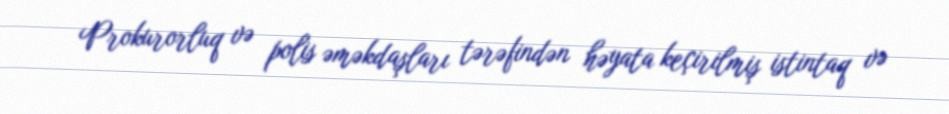
Prokurorluq və polis əməkdaşları tərəfindən həyata keçirilmiş istintaq və